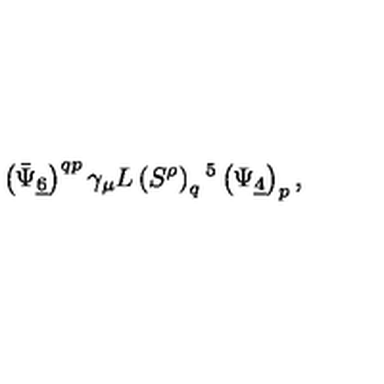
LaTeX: \left( \bar { \Psi } _ { \underline { 6 } } \right) ^ { q p } \gamma _ { \mu } L \left( S ^ { \rho } \right) _ { q } { } ^ { 5 } \left( \Psi _ { \underline { 4 } } \right) _ { p } ,